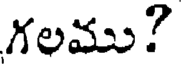
గలము?